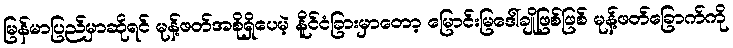
မြန်မာပြည်မှာဆိုရင် မုန့်ဖတ်အစိုရှိပေမဲ့ နိူင်ငံခြားမှာတော့ မြောင်းမြဒေါ်ချိုဖြစ်ဖြစ် မုန့်ဖတ်ခြောက်ကို